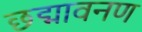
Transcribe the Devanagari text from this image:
छद्मावनण